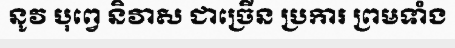
នូវ បុព្វេ និវាស ជាច្រើន ប្រការ ព្រមទាំង